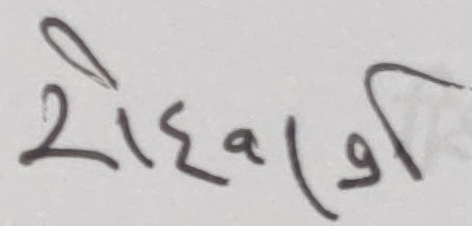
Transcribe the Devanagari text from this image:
रोहणी